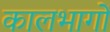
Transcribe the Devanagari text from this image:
कालभागों